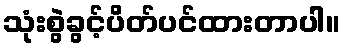
သုံးစွဲခွင့်ပိတ်ပင်ထားတာပါ။